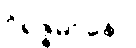
ဝိရဇ္ဇမာနော